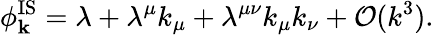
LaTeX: \phi_{\mathbf{k}}^{\mathrm{IS}}=\lambda+\lambda^{\mu}k_{\mu}+\lambda^{\mu\nu}k_{\mu}k_{\nu}+\mathcal{O}(k^{3}).